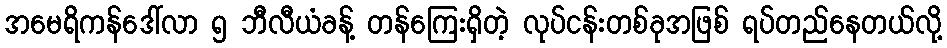
အမေရိကန်ဒေါ်လာ ၅ ဘီလီယံခန့် တန်ကြေးရှိတဲ့ လုပ်ငန်းတစ်ခုအဖြစ် ရပ်တည်နေတယ်လို့